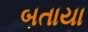
બતાયા